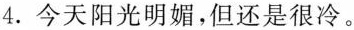
4.今天阳光明媚,但还是很冷。